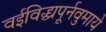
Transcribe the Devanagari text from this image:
वईविद्ध्यपूर्नवुमाये